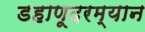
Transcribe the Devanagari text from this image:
डहाणूदरम्यान